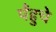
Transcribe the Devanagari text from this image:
पँहुचे